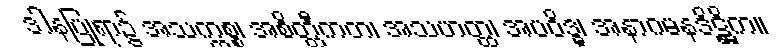
ဒါနပြုရာ၌ အသက္ကစ္စ၊ အစိတ္တီကတ၊ အသဟတ္ထ၊ အပဝိဒ္ဓ၊ အနာဂမနဒိဋ္ဌိက။